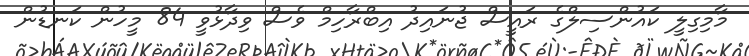
މާމިގިލީ ކައުންސިލްގެ ރައީސް ޖުނައިދު އިބްރާހިމް ވެސް ވިދާޅުވީ 84 މީހުން ކަނޑުން